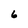
Character: 6